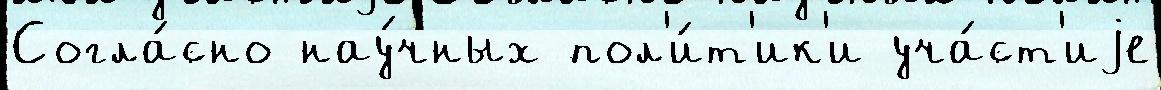
Согла́сно нау́чных пол'и́т'ик'и уча́ст'иjе